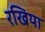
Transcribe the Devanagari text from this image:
रखिया